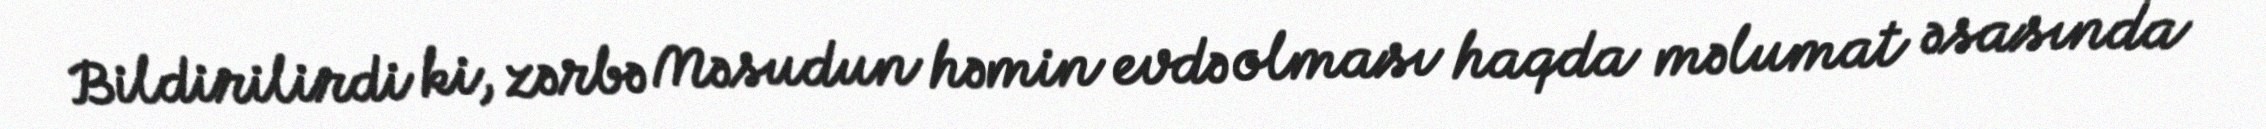
Bildirilirdi ki, zərbə Məsudun həmin evdə olması haqda məlumat əsasında